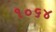
૧૦૬૪